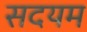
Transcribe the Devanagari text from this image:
सदयम